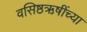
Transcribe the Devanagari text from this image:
वसिष्ठऋषींच्या